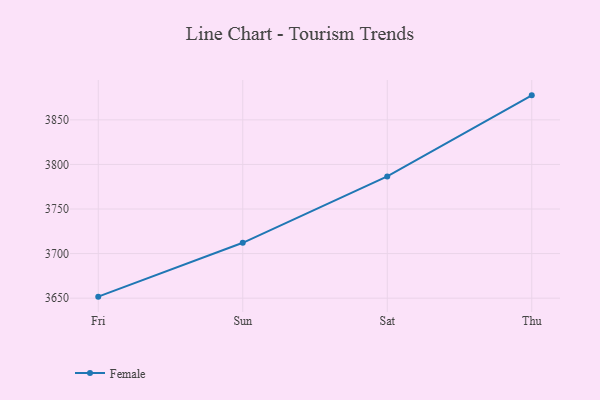
{"axis": {"x": "Day", "y": "Satisfaction Score"}, "legend": ["Female"], "data": [{"x": "Fri", "y": 3651.7, "type": "Female"}, {"x": "Sun", "y": 3712.1, "type": "Female"}, {"x": "Sat", "y": 3786.5, "type": "Female"}, {"x": "Thu", "y": 3877.5, "type": "Female"}]}